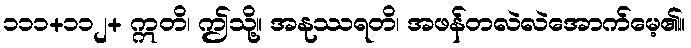
၁၁၁+၁၁၂+ ဣတိ၊ ဤသို့။ အနုဿရတိ၊ အဖန်တလဲလဲအောက်မေ့၏။